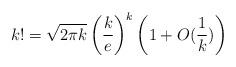
LaTeX: \begin{align*}k!=\sqrt{2\pi k}\left(\frac ke\right)^k\left(1+O(\frac 1k)\right)\end{align*}